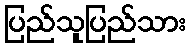
ပြည်သူပြည်သား